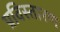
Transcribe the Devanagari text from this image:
प्रविस्तारण